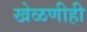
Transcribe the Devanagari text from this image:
खेळणीही